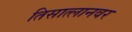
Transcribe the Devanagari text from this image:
तिसात्लानवर